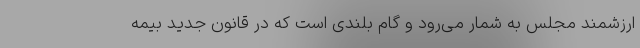
ارزشمند مجلس به شمار می‌رود و گام بلندی است که در قانون جدید بیمه